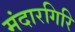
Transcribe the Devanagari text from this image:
मंदारगिरि